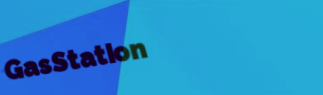
GasStation